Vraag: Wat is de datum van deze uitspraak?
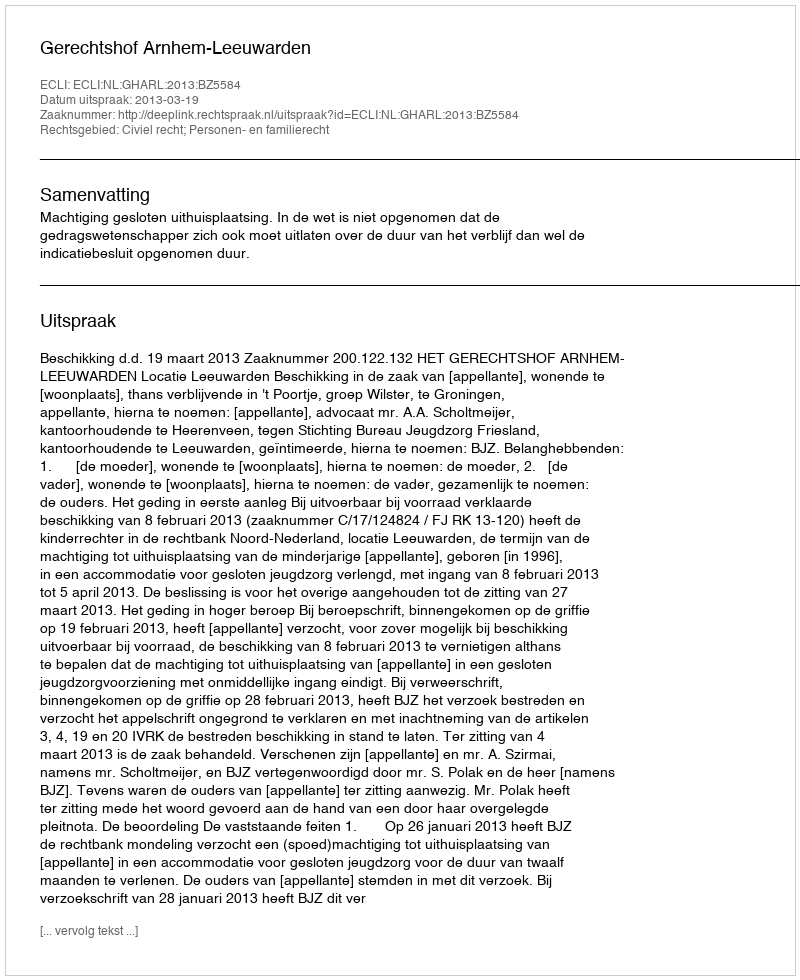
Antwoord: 2013-03-19